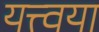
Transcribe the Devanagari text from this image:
यत्त्वया